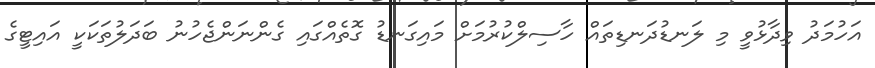
އަހުމަދު ވިދާޅުވީ މި ލަނޑުދަނޑިތައް ހާސިލްކުރުމަށް މައިގަނޑު ގޮތެއްގައި ގެންނަންޖެހުނު ބަދަލުތަކަކީ އައިޓީގެ